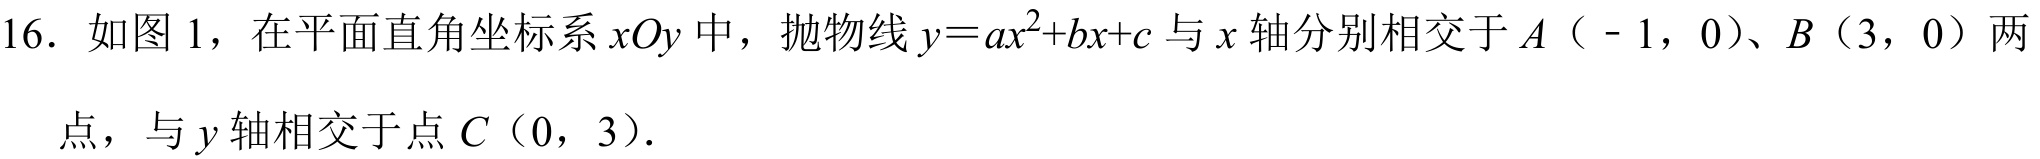
16. 如图 1，在平面直角坐标系 \(xOy\) 中，抛物线 \(y = ax^{2}+bx + c\) 与 \(x\) 轴分别相交于 \(A(-1,0)\)、\(B(3,0)\) 两点，与 \(y\) 轴相交于点 \(C(0,3)\).